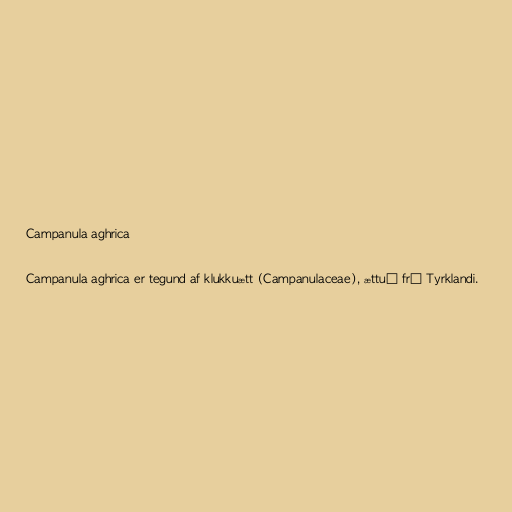
Campanula aghrica

Campanula aghrica er tegund af klukkuætt (Campanulaceae), ættuð frá Tyrklandi.